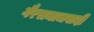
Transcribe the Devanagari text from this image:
गैरसमाजवादी